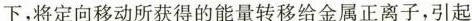
下，将定向移动所获得的能量转移给金属正离子，引起